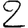
Digit: 2